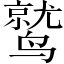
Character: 鹫